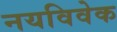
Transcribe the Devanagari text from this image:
नयविवेक